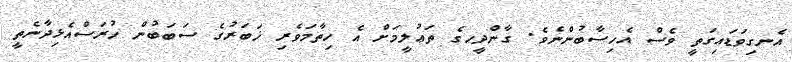
އެނގިވަޑައިގަތީ ވެސް އެހިސާބުންނެވެ. ގާންދީހގެ ތަޢުލީމަށް އެ ހިތާމަވެރި ޚަބަރުގެ ސަބަބުން ހުރަސްއެޅިިދާނެތީ